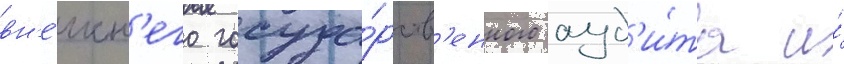
вн'е́шн'его госуда́рств'енного ауд'и́та и́